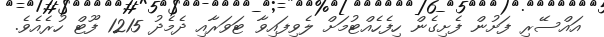
އައްސޭރި ފަށުން ފެށިގެން ހިފެހެއްޓުމަށް ލެވިފައިވާ ޓަވަރާއި ދެމެދު 1215 ފޫޓް ހުރެއެވެ.